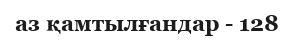
аз қамтылғандар - 128